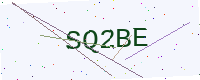
Text: SQ2BE